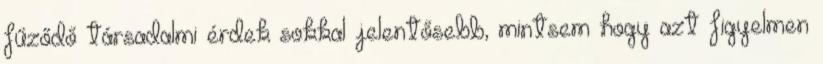
fűződő társadalmi érdek sokkal jelentősebb, mintsem hogy azt figyelmen